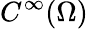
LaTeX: C^{\infty}(\Omega)